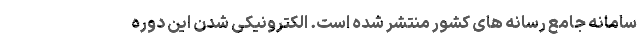
سامانه جامع رسانه های کشور منتشر شده است. الکترونیکی شدن این دوره